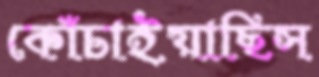
কোঁচাইয়াছিস